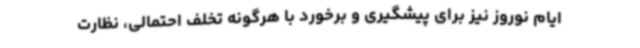
ایام نوروز نیز برای پیشگیری و برخورد با هرگونه تخلف احتمالی، نظارت